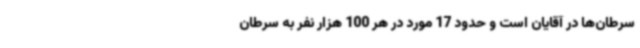
سرطان‌ها در آقایان است و حدود 17 مورد در هر 100 هزار نفر به سرطان